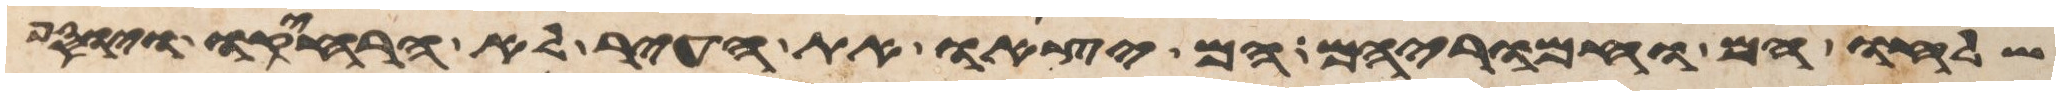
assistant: שלחו הם וחמריהם הם יצאו את העיר לא הרחיקו ויוסף